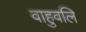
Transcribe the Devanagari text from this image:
वाहुवलि